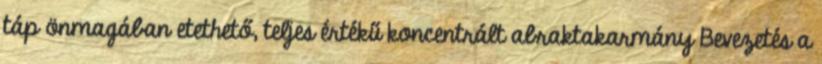
táp önmagában etethető, teljes értékű koncentrált abraktakarmány Bevezetés a